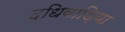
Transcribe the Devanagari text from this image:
दधिवाड़िया